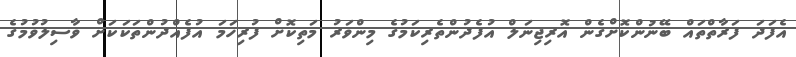
އެފަދަ ފަރާތްތައް ބޭނުންކޮށްގެން އޮރިޖިނަލް އުފެދުންތެރިކަމުގެ މިންވަރު މަތިކޮށް ފުރިހަމަ އުފެއްދުންތަކަކަށް ވާސިލުވުމުގެ